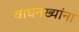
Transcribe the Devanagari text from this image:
वाघनख्यांना